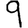
Digit: 9